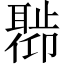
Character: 𬚣